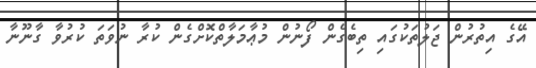
އޭގެ އިތުރުން ޖަލުތަކުގައި ތިބެގެން ފޯނުން މުޢާމަލާތްކޮށްގެން ކުރާ ނުވަތަ ކުރުވާ ގާނޫނާ